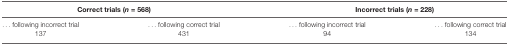
| <COLSPAN=2> Correct trials (n = 568) | <COLSPAN=2> Incorrect trials (n = 228) |
 | --- | --- | --- | --- |
 | ... following incorrect trial | ... following correct trial | ... following incorrect trial | ... following correct trial |
 | 137 | 431 | 94 | 134 |